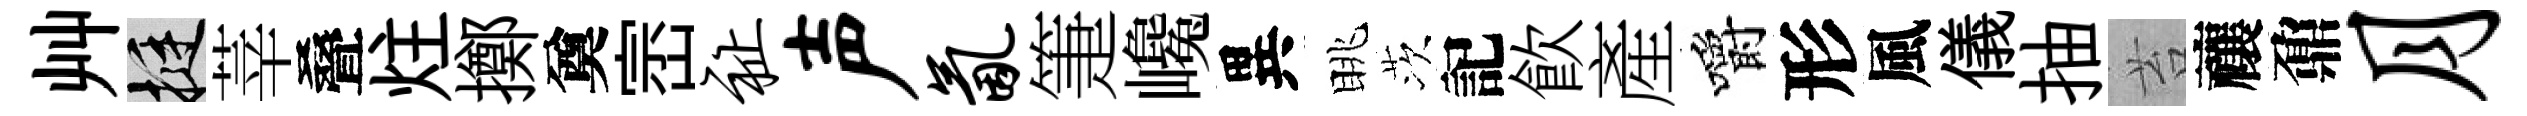
艸挺莘叠炷擲奠崈祉声氤箑巉異眺茨記飮產嚼形風儀抽苔禳鼐月